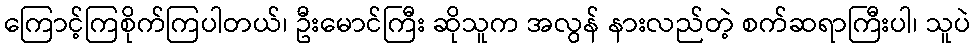
ကြောင့်ကြစိုက်ကြပါတယ်၊ ဦးမောင်ကြီး ဆိုသူက အလွန် နားလည်တဲ့ စက်ဆရာကြီးပါ၊ သူပဲ